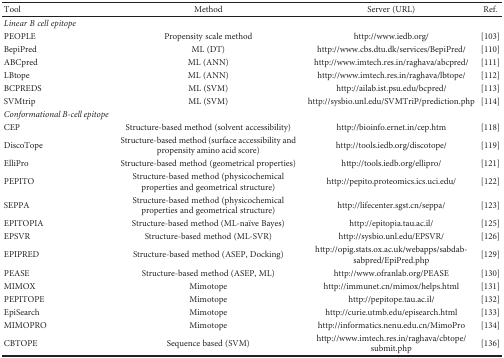
<table><thead><tr><td><b>Tool</b></td><td><b>Method</b></td><td><b>Server (URL)</b></td><td><b>Ref.</b></td></tr></thead><tbody><tr><td><i>Linear B cell epitope</i></td><td> </td><td> </td><td> </td></tr><tr><td>PEOPLE</td><td>Propensity scale method</td><td>http://www.iedb.org/</td><td>[103]</td></tr><tr><td>BepiPred</td><td>ML (DT)</td><td>http://www.cbs.dtu.dk/services/BepiPred/</td><td>[110]</td></tr><tr><td>ABCpred</td><td>ML (ANN)</td><td>http://www.imtech.res.in/raghava/abcpred/</td><td>[111]</td></tr><tr><td>LBtope</td><td>ML (ANN)</td><td>http://www.imtech.res.in/raghava/lbtope/</td><td>[112]</td></tr><tr><td>BCPREDS</td><td>ML (SVM)</td><td>http://ailab.ist.psu.edu/bcpred/</td><td>[113]</td></tr><tr><td>SVMtrip</td><td>ML (SVM)</td><td>http://sysbio.unl.edu/SVMTriP/prediction.php</td><td>[114]</td></tr><tr><td><i>Conformational B-cell epitope</i></td><td> </td><td> </td><td> </td></tr><tr><td>CEP</td><td>Structure-based method (solvent accessibility)</td><td>http://bioinfo.ernet.in/cep.htm</td><td>[118]</td></tr><tr><td>DiscoTope</td><td>Structure-based method (surface accessibility and propensity amino acid score)</td><td>http://tools.iedb.org/discotope/</td><td>[119]</td></tr><tr><td>ElliPro</td><td>Structure-based method (geometrical properties)</td><td>http://tools.iedb.org/ellipro/</td><td>[121]</td></tr><tr><td>PEPITO</td><td>Structure-based method (physicochemical properties and geometrical structure)</td><td>http://pepito.proteomics.ics.uci.edu/</td><td>[122]</td></tr><tr><td>SEPPA</td><td>Structure-based method (physicochemical properties and geometrical structure)</td><td>http://lifecenter.sgst.cn/seppa/</td><td>[123]</td></tr><tr><td>EPITOPIA</td><td>Structure-based method (ML-naïve Bayes)</td><td>http://epitopia.tau.ac.il/</td><td>[125]</td></tr><tr><td>EPSVR</td><td>Structure-based method (ML-SVR)</td><td>http://sysbio.unl.edu/EPSVR/</td><td>[126]</td></tr><tr><td>EPIPRED</td><td>Structure-based method (ASEP, Docking)</td><td>http://opig.stats.ox.ac.uk/webapps/sabdab-sabpred/EpiPred.php</td><td>[129]</td></tr><tr><td>PEASE</td><td>Structure-based method (ASEP, ML)</td><td>http://www.ofranlab.org/PEASE</td><td>[130]</td></tr><tr><td>MIMOX</td><td>Mimotope</td><td>http://immunet.cn/mimox/helps.html</td><td>[131]</td></tr><tr><td>PEPITOPE</td><td>Mimotope</td><td>http://pepitope.tau.ac.il/</td><td>[132]</td></tr><tr><td>EpiSearch</td><td>Mimotope</td><td>http://curie.utmb.edu/episearch.html</td><td>[133]</td></tr><tr><td>MIMOPRO</td><td>Mimotope</td><td>http://informatics.nenu.edu.cn/MimoPro</td><td>[134]</td></tr><tr><td>CBTOPE</td><td>Sequence based (SVM)</td><td>http://www.imtech.res.in/raghava/cbtope/submit.php</td><td>[136]</td></tr></tbody></table>